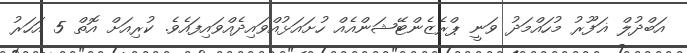
އަބްދުލް ޣަފޫރު މުހައްމަދު ވަނީ ޕްރެޒެންޓޭޝަންއެއް ހުށައަޅުއްވައިދެއްވައިފައެވެ. ކުރިއަށް އޮތް 5 އަހަރު